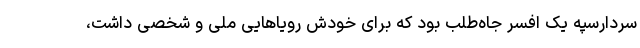
سردارسپه یک افسر جاه‌طلب بود که برای خودش رویاهایی ملی و شخصی داشت،